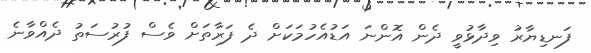
ފަނޑިޔާރު ވިދާޅުވީ ދެން އޮންނަ އަޑުއެހުމަކަށް ދެ ފަރާތަށް ވެސް ފުރުސަތު ދެއްވާނެ